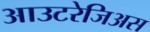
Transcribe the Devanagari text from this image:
आउटरेजिअस